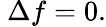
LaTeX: \ \Delta f=0.